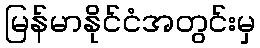
မြန်မာနိုင်ငံအတွင်းမှ